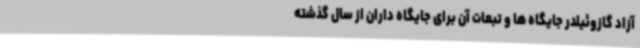
آزاد گازوئیلدر جایگاه ها و تبعات آن برای جایگاه داران از سال گذشته